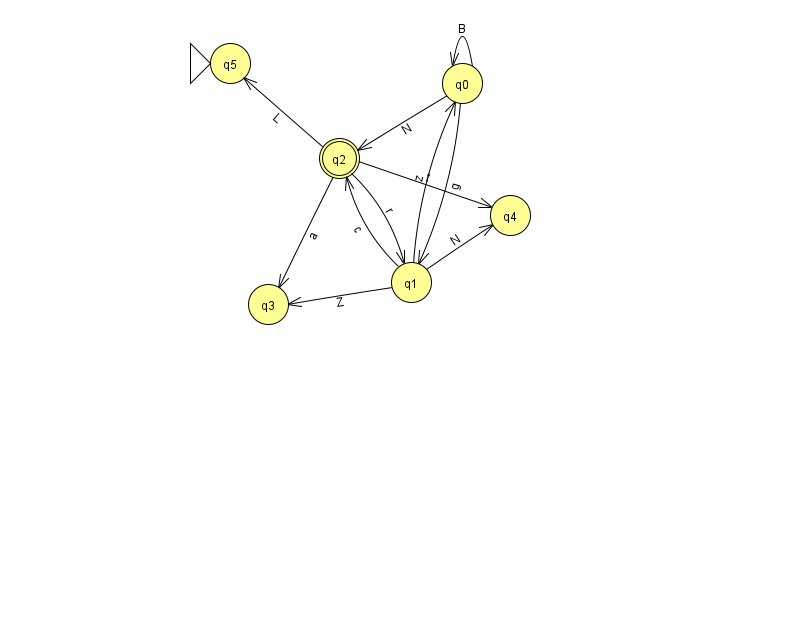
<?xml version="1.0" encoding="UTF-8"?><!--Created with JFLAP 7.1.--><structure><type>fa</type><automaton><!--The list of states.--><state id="0" name="q0"><x>462.0</x><y>70.0</y></state><state id="1" name="q1"><x>411.0</x><y>269.0</y></state><state id="2" name="q2"><x>339.0</x><y>145.0</y><final/></state><state id="3" name="q3"><x>268.0</x><y>291.0</y></state><state id="4" name="q4"><x>510.0</x><y>202.0</y></state><state id="5" name="q5"><x>230.0</x><y>50.0</y><initial/></state><!--The list of transitions.--><transition><from>2</from><to>1</to><read>r</read></transition><transition><from>1</from><to>2</to><read>c</read></transition><transition><from>1</from><to>4</to><read>N</read></transition><transition><from>0</from><to>0</to><read>B</read></transition><transition><from>1</from><to>0</to><read>z</read></transition><transition><from>0</from><to>2</to><read>N</read></transition><transition><from>1</from><to>3</to><read>Z</read></transition><transition><from>2</from><to>5</to><read>L</read></transition><transition><from>2</from><to>4</to><read>t</read></transition><transition><from>2</from><to>3</to><read>a</read></transition><transition><from>0</from><to>1</to><read>g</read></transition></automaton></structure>